Lunatic asylums United Provinces 1909-1921 - 1909-1921
Year: 1909
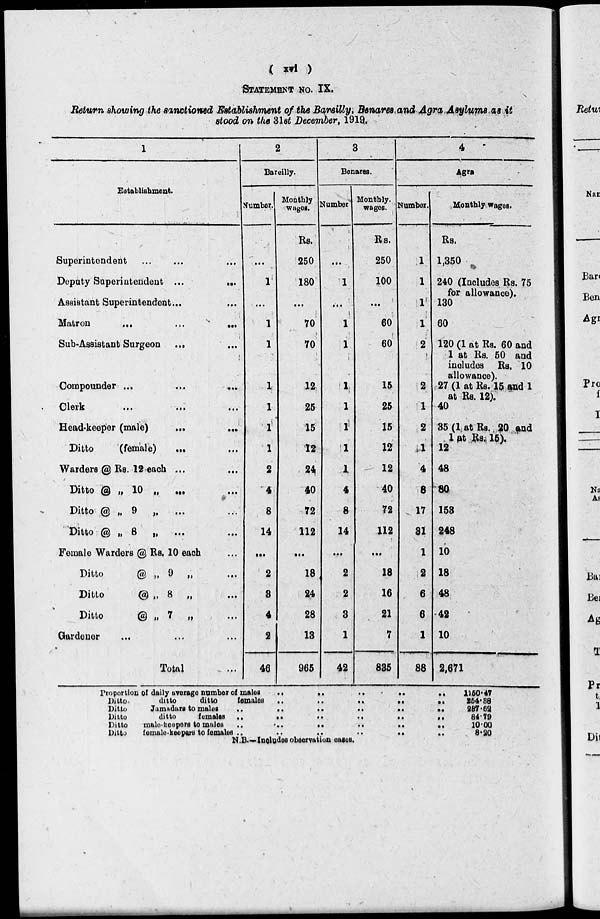
( xvi )
STATEMENT NO. IX.
Return showing the sanctioned Establishment of the Bareilly; Benares and Agra Asylums as it
stood on the 31st December, 1919.
1
Establishment.
Superintendent ... ... ...
Deputy Superintendent ...
...
Assistant Superintendent... ...
Matron
...
...
...
Sub-Assistant Surgeon ... ...
Compounder ... ... ...
Clerk
...
...
...
Head-keeper (male)
...
...
Ditto
(female) ... ...
Warders @ Rs. 12 each ... ...
Ditto @ „ 10 „ ... ...
Ditto @ „ 9 „ ... ...
Ditto @ „ 8 „ ... ...
Female Warders @ Rs. 10 each ...
Ditto
@ „ 9 „ ...
Ditto
@ „ 8 „ ...
Ditto
@ „ 7 „ ...
Gardener
... ... ...
Total ...
2
Bareilly.
Number.
...
1
...
1
1
1
1
1
1
2
4
8
14
...
2
3
4
2
46
Monthly
Wages.
Rs.
250
180
...
70
70
12
25
15
12
24
40
72
112
...
18
24
28
13
965
3
Benares.
Number
...
1
...
1
1
1
1
1
1
1
4
8
14
...
2
2
3
1
42
Monthly¬
wages.
Rs.
250
100
...
60
60
15
25
15
12
12
40
72
112
...
18
16
21
7
835
4
Agra.
Number.
1
1
1
1
2
2
1
2
1
4
8
17
31
1
2
6
6
1
88
Monthly wages.
Rs.
1,350
240 (Includes Rs. 75
for allowance).
130
60
120 (1 at Rs. 60 and
1 at Rs. 50 and
includes Rs. 10
allowance).
27 (1 at Rs. 15 and 1
at Rs. 12).
40
85(1 at Rs. 20 and
1 at Rs. 15).
12
48
80
158
248
10
18
48
42
10
2,671
Proportion of daily average number of males
..
..
..
..
..
Ditto.
ditto
ditto
females
..
..
...
..
..
Ditto
Jamadars to males
..
..
..
..
..
..
Ditto
ditto
females
..
..
..
.. .. ..
Ditto
male-keepers to males
..
..
..
..
..
..
Ditto
female-keepers to females
..
..
..
..
..
..
1150.47
254.88
287.68
84.79
10.00
8.20
N.B.—Includes observation cases.